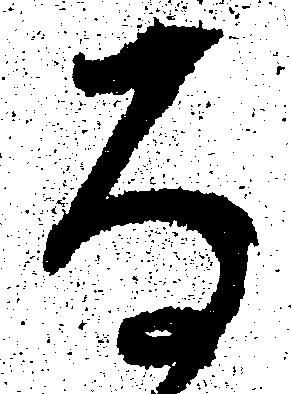
存